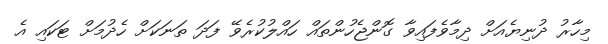
މިހާރު ދުނިޔެއަށް ދިމާވެފައިވާ ގޮންޖެހުންތައް ހައްލުކުރެވޭ ފަދަ ތަނަކަށް ހެދުމަށް ޓަކައި އެ